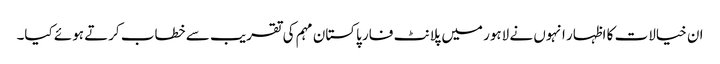
ان خیالات کا اظہار انہوں نے لاہور میں پلانٹ فار پاکستان مہم کی تقریب سے خطاب کرتے ہوئے کیا۔